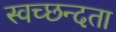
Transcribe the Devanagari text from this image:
स्‍वच्‍छन्‍दता